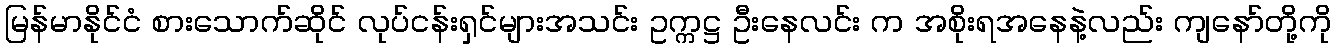
မြန်မာနိုင်ငံ စားသောက်ဆိုင် လုပ်ငန်းရှင်များအသင်း ဥက္ကဋ္ဌ ဦးနေလင်း က အစိုးရအနေနဲ့လည်း ကျနော်တို့ကို